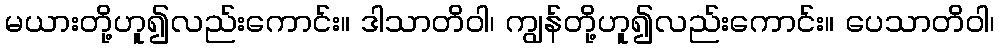
မယားတို့ဟူ၍လည်းကောင်း။ ဒါသာတိဝါ၊ ကျွန်တို့ဟူ၍လည်းကောင်း။ ပေသာတိဝါ၊